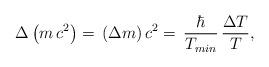
LaTeX: \begin{align*} \Delta \left(m\,c^2\right)=\,(\Delta m)\,c^2 =\,\frac{\hbar}{T_{min}}\,\frac{\Delta{T}}{T}, \end{align*}